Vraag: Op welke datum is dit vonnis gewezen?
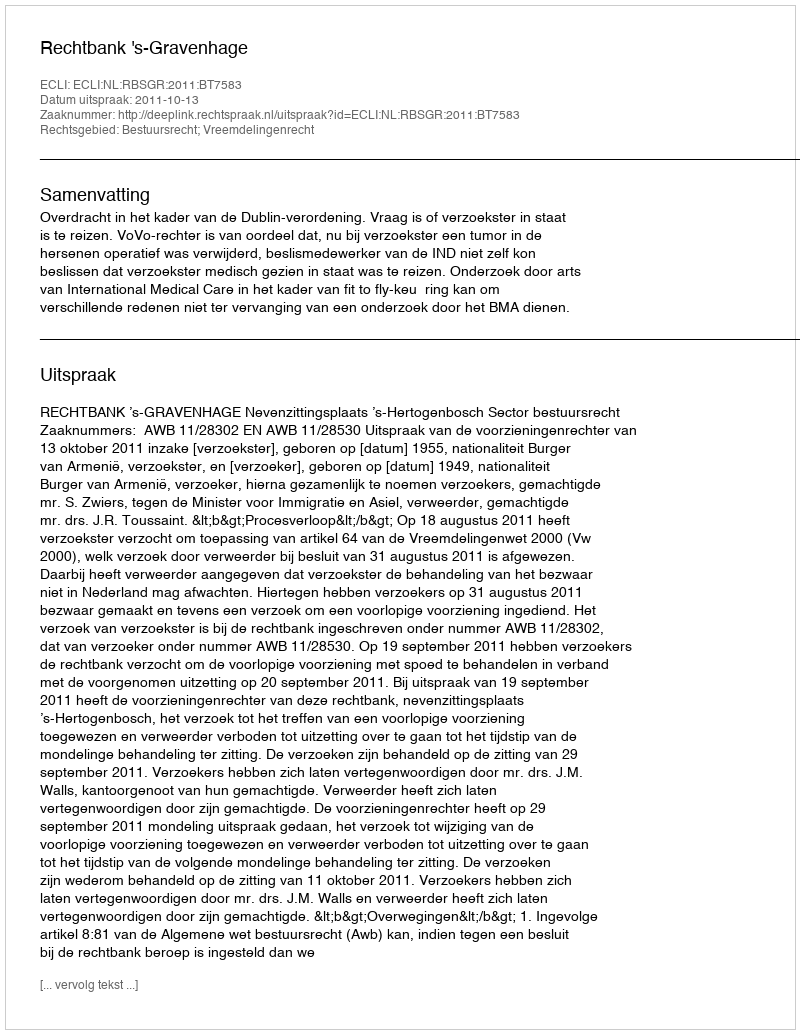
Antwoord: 2011-10-13